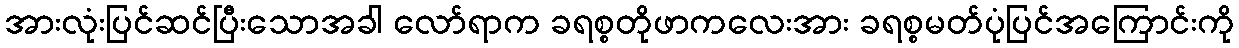
အားလုံးပြင်ဆင်ပြီးသောအခါ လော်ရာက ခရစ္စတိုဖာကလေးအား ခရစ္စမတ်ပုံပြင်အကြောင်းကို